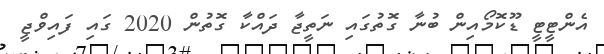
އެންޓީޓީ ޑޫކޮމޯއިން ބުނާ ގޮތުގައި ނަތީޖާ ދައްކާ ގޮތުން 2020 ގައި ފައިވްޖީ